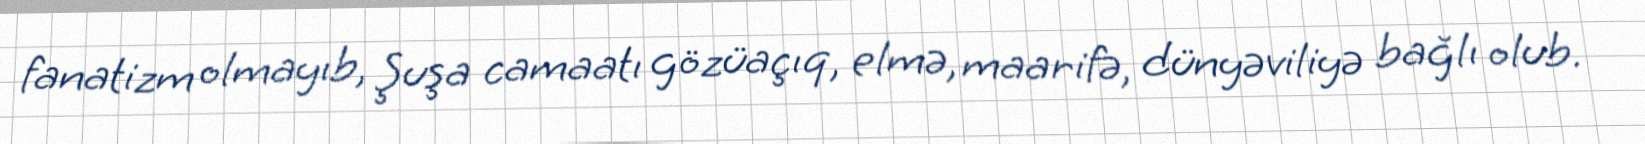
fanatizm olmayıb, Şuşa camaatı gözüaçıq, elmə, maarifə, dünyəviliyə bağlı olub.